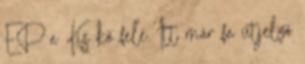
EP a Kis kő felé. Itt már fa útjelző